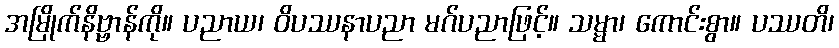
အမြိုက်နိဗ္ဗာန်ကို။ ပညာယ၊ ဝိပဿနာပညာ မဂ်ပညာဖြင့်။ သမ္မာ၊ ကောင်းစွာ။ ပဿတိ၊